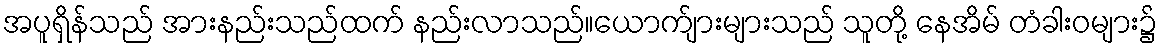
အပူရှိန်သည် အားနည်းသည်ထက် နည်းလာသည်။ယောက်ျားများသည် သူတို့ နေအိမ် တံခါးဝများ၌